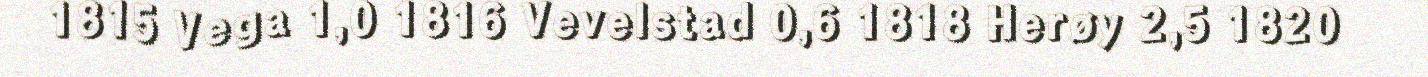
1815 Vega 1,0 1816 Vevelstad 0,6 1818 Herøy 2,5 1820